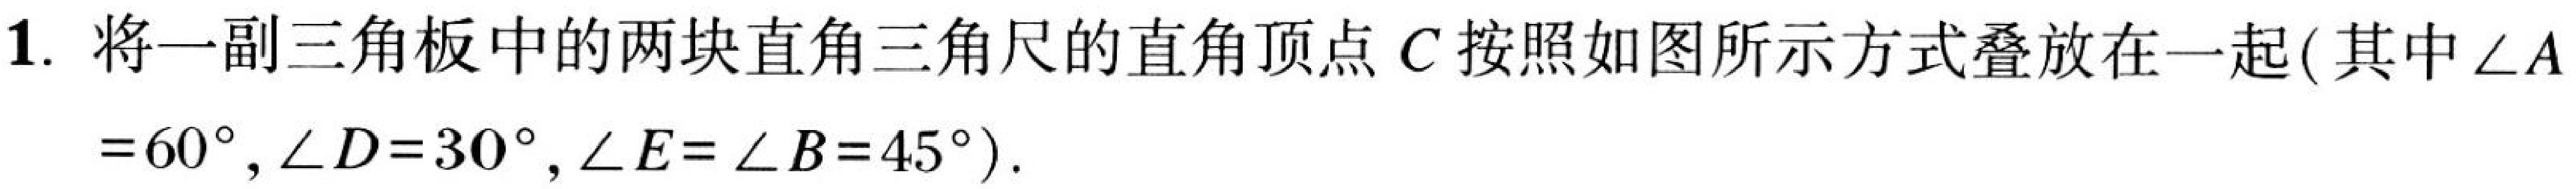
1. 将一副三角板中的两块直角三角尺的直角顶点\(C\)按照如图所示方式叠放在一起(其中\(\angle A = 60^{\circ},\angle D = 30^{\circ},\angle E=\angle B = 45^{\circ}\)).